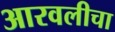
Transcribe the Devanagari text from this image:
आरवलीचा